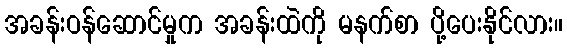
အခန်းဝန်ဆောင်မှုက အခန်းထဲကို မနက်စာ ပို့ပေးနိုင်လား။